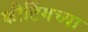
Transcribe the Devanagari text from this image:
कीटिंगच्या